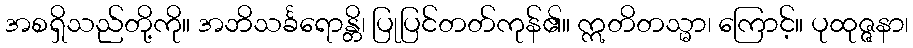
အစရှိသည်တို့ကို။ အဘိသင်္ခရောန္တိ၊ ပြုပြင်တတ်ကုန်၏။ ဣတိတသ္မာ၊ ကြောင့်။ ပုထုဇ္ဇနာ၊